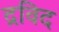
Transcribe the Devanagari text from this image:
द्रविद